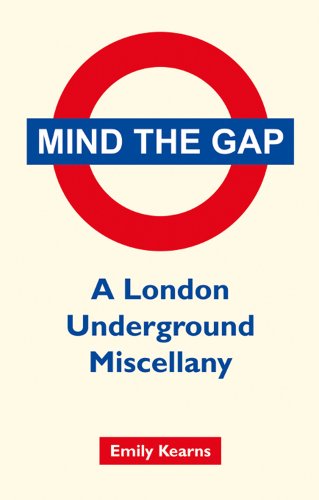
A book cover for Mind the Gap: A London Underground Miscellany; Emily Kearns; Engineering & Transportation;